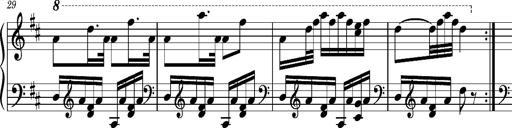
Title: Ungarischer Romanzero
Composer: Franz Liszt